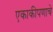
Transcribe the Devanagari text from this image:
एकाकीपणाचे